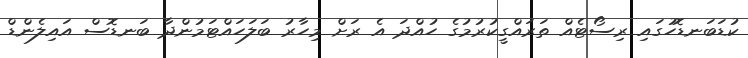
ކުޑަބަނޑޮހުގައި ރިސޯޓެއް ތަރައްގީކުރުމުގެ ހުއްދަ އެ ރަށް މިހާރު ބަލަހައްޓަމުންދާ ބަނޑޮސް އައިލެންޑް